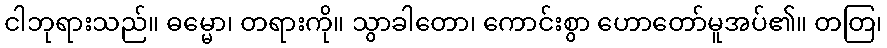
ငါဘုရားသည်။ ဓမ္မော၊ တရားကို။ သွာခါတော၊ ကောင်းစွာ ဟောတော်မူအပ်၏။ တတြ၊